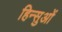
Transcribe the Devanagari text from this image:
हिन्सुओं